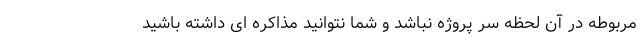
مربوطه در آن لحظه سر پروژه نباشد و شما نتوانید مذاکره ای داشته باشید